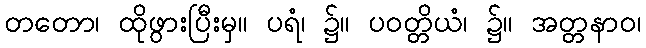
တတော၊ ထိုဖွားပြီးမှ။ ပရံ၊ ၌။ ပဝတ္တိယံ၊ ၌။ အတ္တနာဝ၊